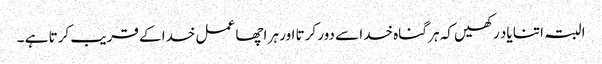
البتہ اتنا یاد رکھیں کہ ہر گناہ خدا سے دور کرتا اور ہر اچھا عمل خدا کے قریب کرتا ہے ۔